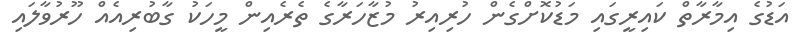
އަޑުގެ އިމާރާތް ކައިރީގައި މަޑުކޮށްގެން ހުރިއިރު މުޒާހަރާގެ ތެރެއިން މީހަކު ގާބުރިއެއް ހޫރުވާލައި